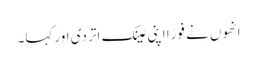
انھوں نے فورًا اپنی عینک اتر دی اور کہا۔